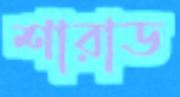
শারাড